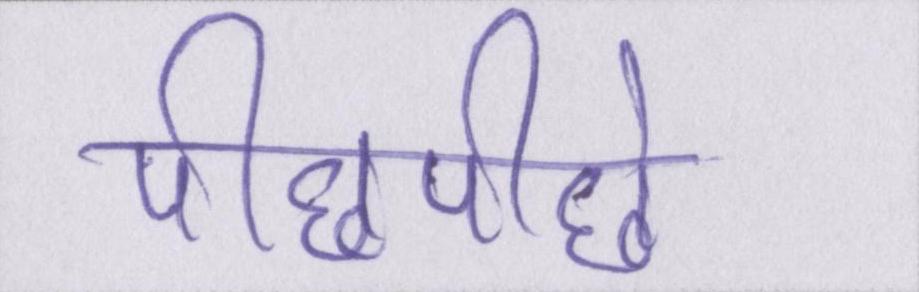
पीछेपीछे